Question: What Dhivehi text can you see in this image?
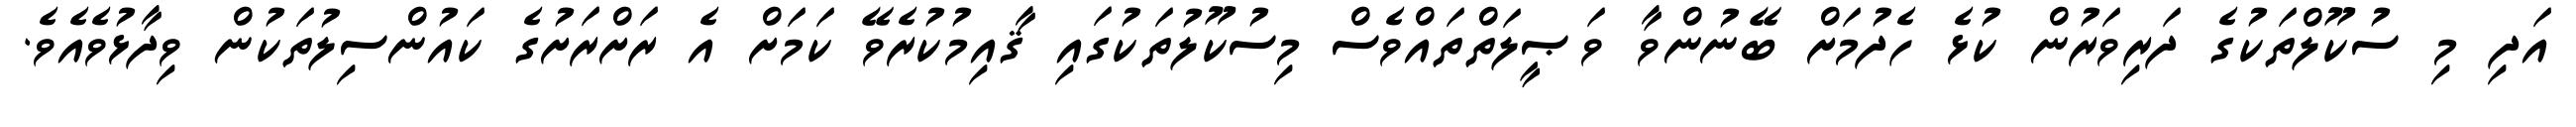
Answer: އަދި މި ސުކޫލްތަކުގެ ދަރިވަރުން ކުޅެ ހެދުމަށް ބޭނުންވާ ވަޞީލަތްތައްވެސް މިސުކޫލުތަކުގައި ޤާއިމުކުރެވޭ ކަމަށް އެ ރަށްރަށުގެ ކައުންސިލުތަކުން ވިދާޅުވެއެވެ.